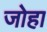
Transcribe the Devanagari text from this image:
जोहा